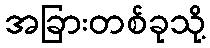
အခြားတစ်ခုသို့